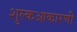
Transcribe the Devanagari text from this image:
शुल्कआकारणी